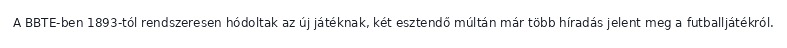
A BBTE-ben 1893-tól rendszeresen hódoltak az új játéknak, két esztendő múltán már több híradás jelent meg a futballjátékról.